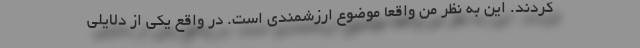
کردند. این به نظر من واقعا موضوع ارزشمندی است. در واقع یکی از دلایلی